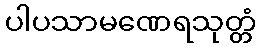
ပါပသာမဏေရသုတ္တံ